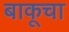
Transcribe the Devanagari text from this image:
बाकूचा